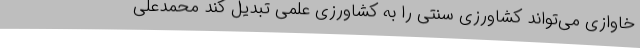
خاوازی می‌تواند کشاورزی سنتی را به کشاورزی علمی تبدیل کند محمدعلی